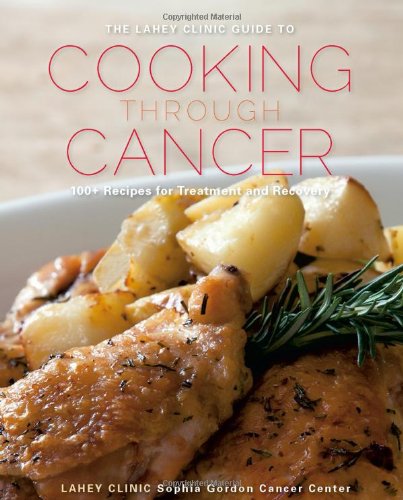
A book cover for The Lahey Clinic Guide to Cooking Through Cancer: 100+ Recipes for Treatment and Recovery; Lahey Clinic; Cookbooks, Food & Wine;